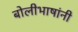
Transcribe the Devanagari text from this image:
बोलीभाषांनी